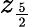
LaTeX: z_{\frac{5}{2}}